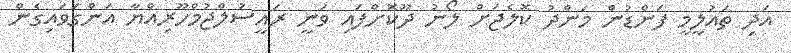
އަދި ތައުލީމީ ފަންޑުން މަންދު ކޮލެޖަށް ލޯނު ދޫކޮށްފައި ވަނީ ރައީސުލްޖުމްހޫރިއްޔާ އަންގަވައިގެން